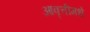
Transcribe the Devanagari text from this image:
आवृत्तीमधे